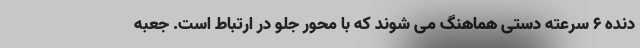
دنده 6 سرعته دستی هماهنگ می شوند که با محور جلو در ارتباط است. جعبه